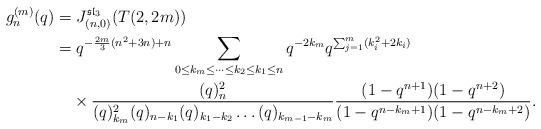
LaTeX: \begin{align*}g_n^{(m)}(q)&=J_{(n,0)}^{\mathfrak{sl}_3}(T(2,2m))\\&=q^{-\frac{2m}{3}(n^2+3n)+n}\sum_{0\leq k_m\leq\dots\leq k_2\leq k_1\leq n}q^{-2k_m}q^{\sum_{j=1}^m(k_i^2+2k_i)}\\&\quad\times \frac{(q)_n^2}{(q)_{k_m}^2(q)_{n-k_1}(q)_{k_1-k_2}\dots(q)_{k_{m-1}-k_m}}\frac{(1-q^{n+1})(1-q^{n+2})}{(1-q^{n-k_m+1})(1-q^{n-k_m+2})}.\end{align*}